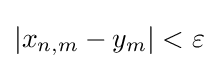
|x_{n,m}-y_{m}|<\varepsilon